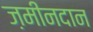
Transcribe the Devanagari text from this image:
ज़मीनदान